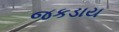
જકડાય